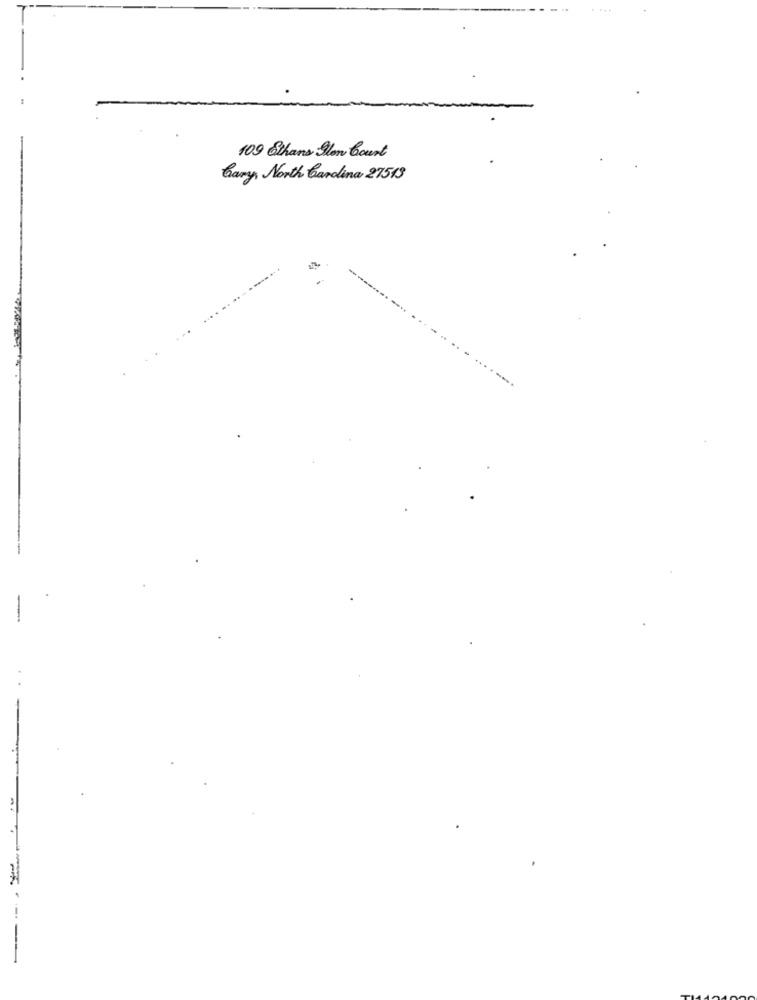
109 Sthans Ilon Court
Gary, North Carolina 27513
--
....